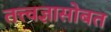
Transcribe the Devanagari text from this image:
तत्त्वज्ञासोबत